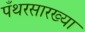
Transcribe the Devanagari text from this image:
पँथरसारख्या